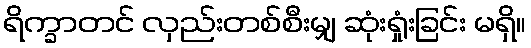
ရိက္ခာတင် လှည်းတစ်စီးမျှ ဆုံးရှုံးခြင်း မရှိ။